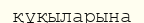
құқыларына